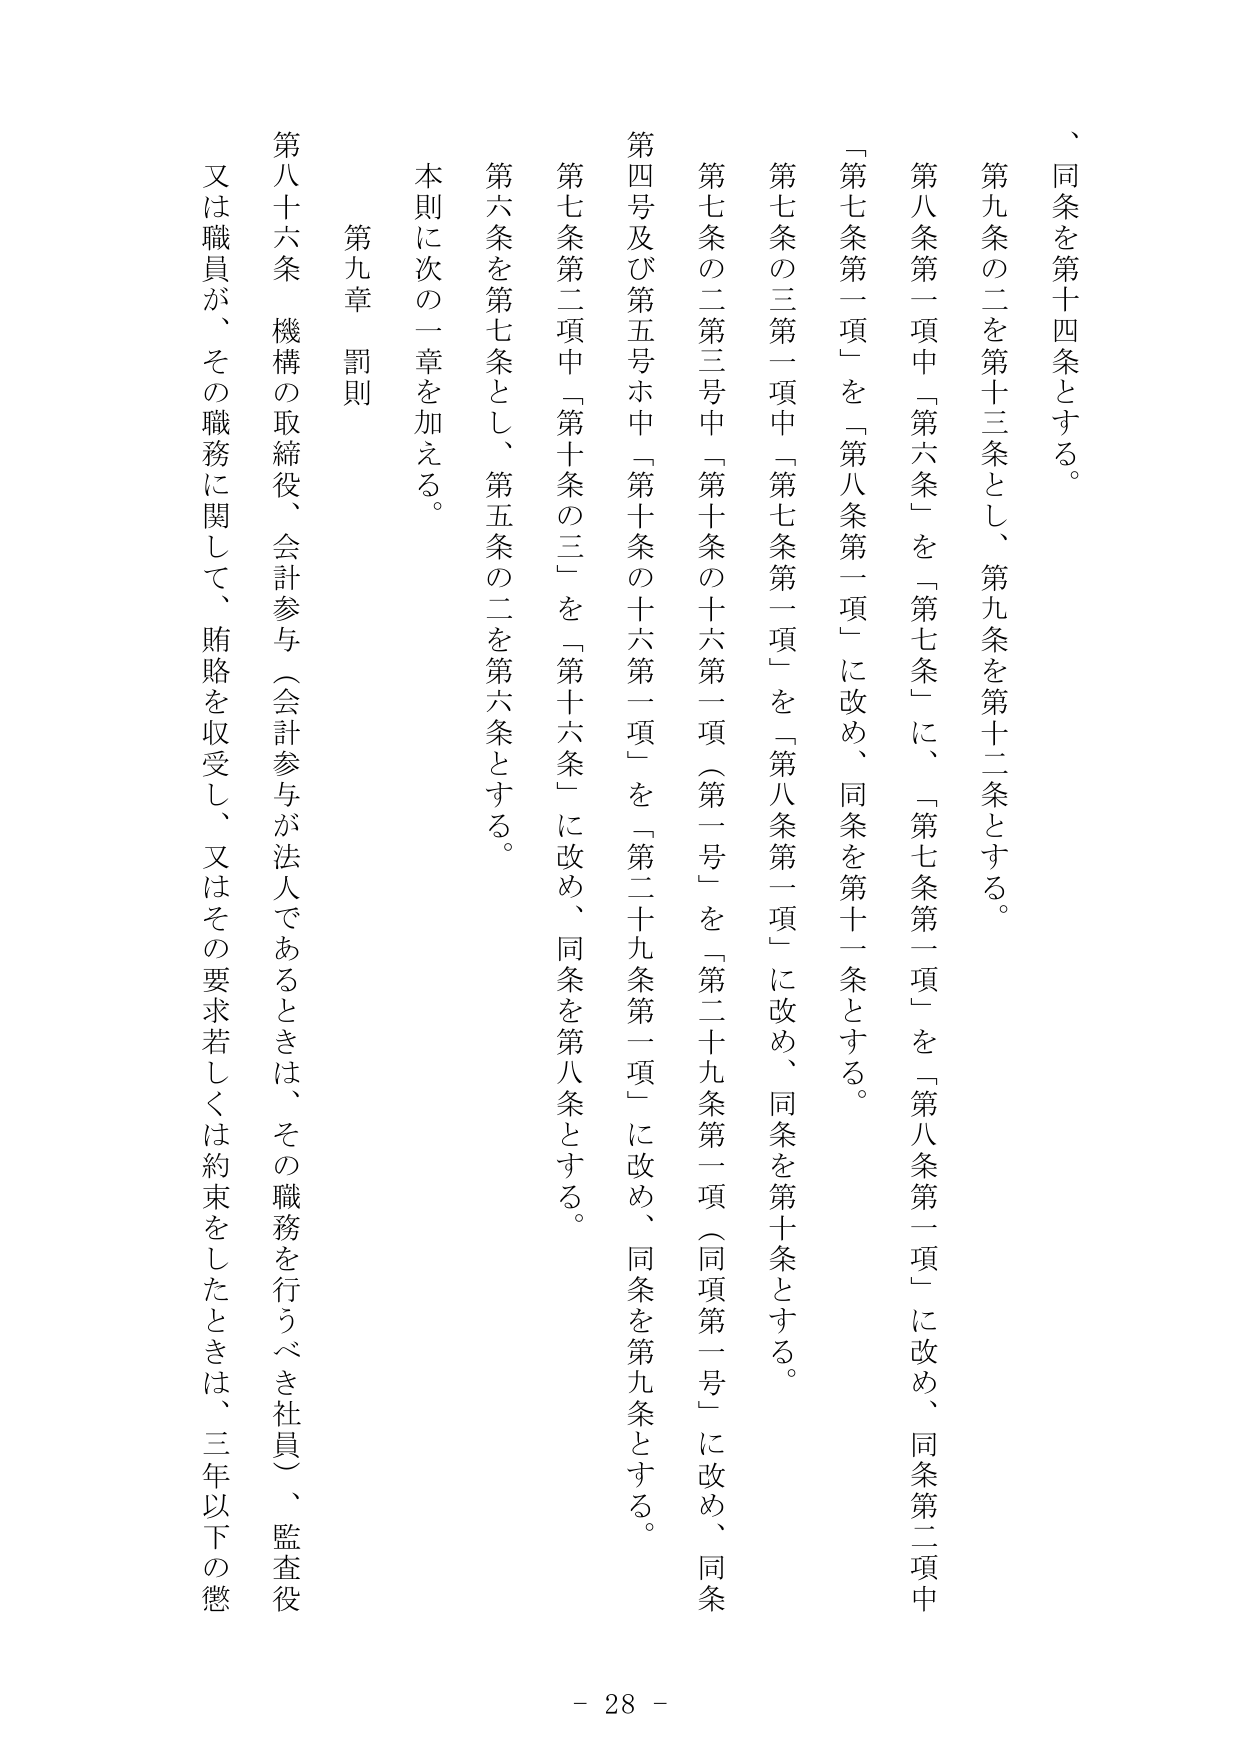
、同条を第十四条とする。
第九条の二を第十三条とし、第九条を第十二条とする。
第八条第一項中「第六条」を「第七条」に、「第七条第一項」を「第八条第一項」に改め、同条第二項中
「第七条第一項」を「第八条第一項」に改め、同条を第十一条とする。
第七条の三第一項中「第七条第一項」を「第八条第一項」に改め、同条を第十条とする。
第七条の二第三号中「第十条の十六第一項（第一号）」を「第二十九条第一項（同項第一号）」に改め、同条
第四号及び第五号ホ中「第十条の十六第一項」を「第二十九条第一項」に改め、同条を第九条とする。
第七条第二項中「第十条の三」を「第十六条」に改め、同条を第八条とする。
第六条を第七条とし、第五条の二を第六条とする。
本則に次の一章を加える。
第九章 罰則
第八十六条 機構の取締役、会計参与（会計参与が法人であるときは、その職務を行うべき社員）、監査役
又は職員が、その職務に関して、賄賂を収受し、又はその要求若しくは約束をしたときは、三年以下の懲
- 28 -